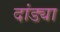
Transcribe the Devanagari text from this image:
दांड्या